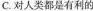
C.对人类都是有利的